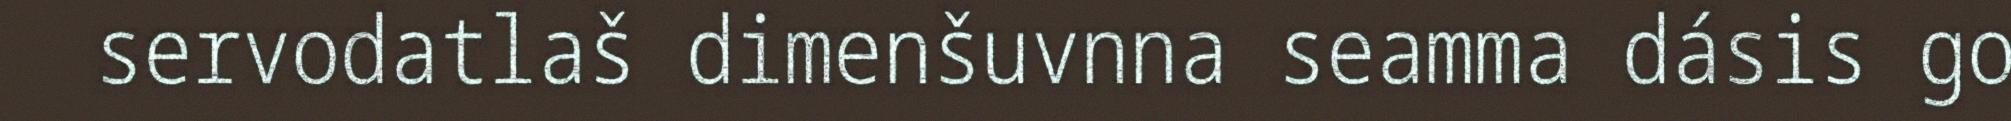
servodatlaš dimenšuvnna seamma dásis go